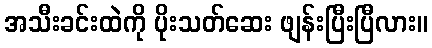
အသီးခင်းထဲကို ပိုးသတ်ဆေး ဖျန်းပြီးပြီလား။